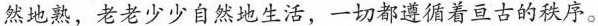
然地熟，老老少少自然地生活，一切都遵循着亘古的秩序。